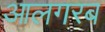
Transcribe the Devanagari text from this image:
आलगरब